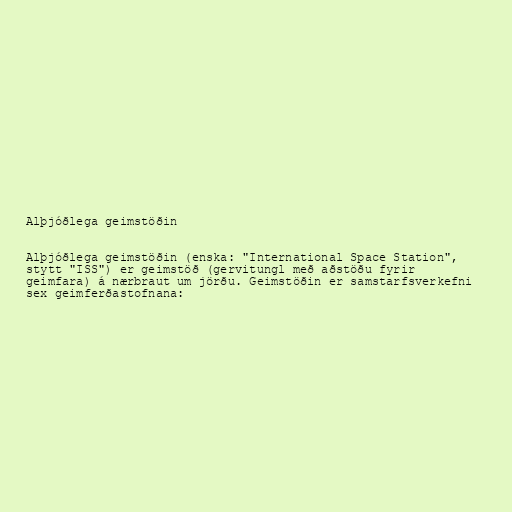
Alþjóðlega geimstöðin

Alþjóðlega geimstöðin (enska: "International Space Station",
stytt "ISS") er geimstöð (gervitungl með aðstöðu fyrir
geimfara) á nærbraut um jörðu. Geimstöðin er samstarfsverkefni
sex geimferðastofnana: